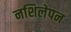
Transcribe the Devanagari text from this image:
नशिलेपन